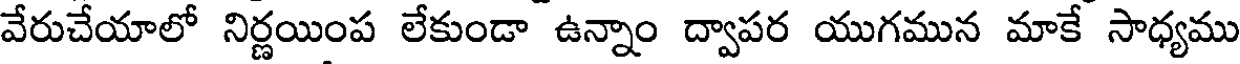
వేరుచేయాలో నిర్ణయింప లేకుండా ఉన్నాం ద్వాపర యుగమున మాకే సాధ్యము